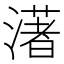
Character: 𤀞